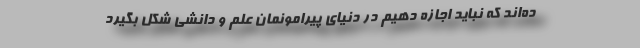
ده‌اند که نباید اجازه دهیم در دنیای پیرامونمان علم و دانشی شکل بگیرد